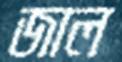
জাল